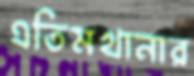
এতিমখানার